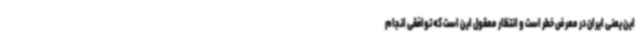
این یعنی ایران در معرض خطر است و انتظار معقول این است که توافقی انجام